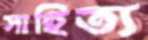
সাহিত্য